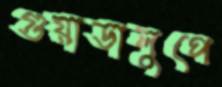
গুয়াডালুপে